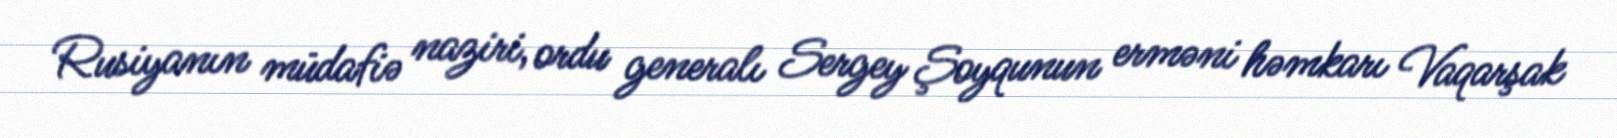
Rusiyanın müdafiə naziri, ordu generalı Sergey Şoyqunun erməni həmkarı Vaqarşak